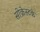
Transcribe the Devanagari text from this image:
सीक्रेस्टके